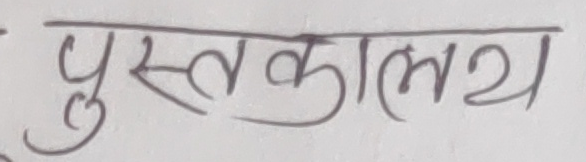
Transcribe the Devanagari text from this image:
पुस्तकालय